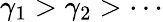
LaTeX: \gamma_{1}>\gamma_{2}>\cdots